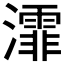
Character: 𤃍